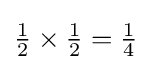
{\tfrac {1}{2}}\times {\tfrac {1}{2}}={\tfrac {1}{4}}